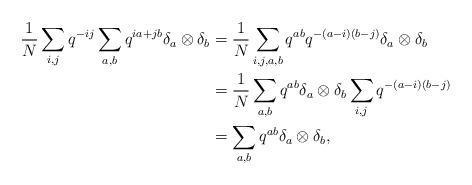
LaTeX: \begin{align*}\frac{1}{N}\sum_{i,j} q^{-ij}\sum_{a,b}q^{ia+jb}\delta_a\otimes \delta_b&=\frac{1}{N}\sum_{i,j,a,b} q^{ab}q^{-(a-i)(b-j)}\delta_a\otimes \delta_b\\&=\frac{1}{N}\sum_{a,b} q^{ab}\delta_a\otimes \delta_b\sum_{i,j}q^{-(a-i)(b-j)}\\&=\sum_{a,b} q^{ab}\delta_a\otimes \delta_b,\end{align*}